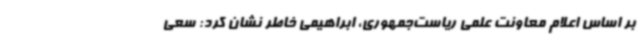
بر اساس اعلام معاونت علمی ریاست‌جمهوری، ابراهیمی خاطر نشان کرد: سعی